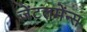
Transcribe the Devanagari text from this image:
जेंटलमेंन्स